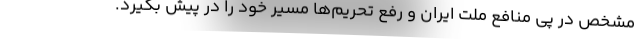
مشخص در پی منافع ملت ایران و رفع تحریم‌ها مسیر خود را در پیش بگیرد.